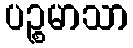
ပဉ္စမာသာ